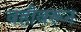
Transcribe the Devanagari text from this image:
वहीवरून